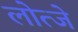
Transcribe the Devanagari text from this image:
लोत्जे